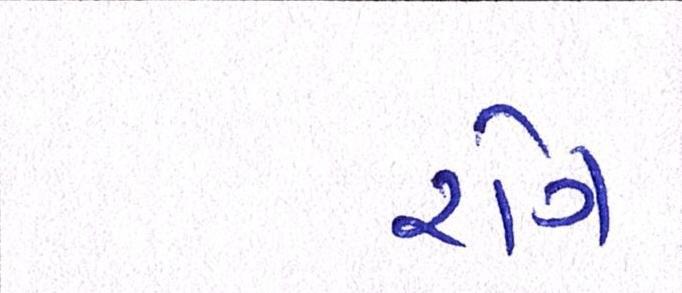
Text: રોગ